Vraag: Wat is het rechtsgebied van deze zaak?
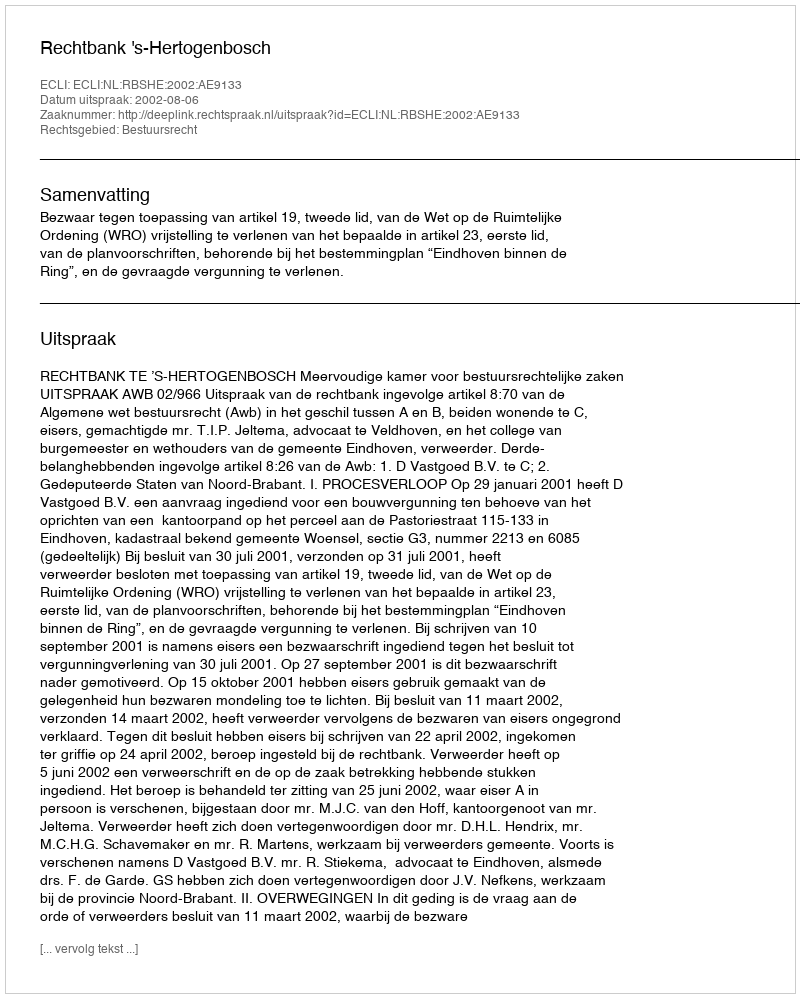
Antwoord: Bestuursrecht